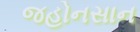
જહોનસાન